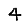
Digit: 4